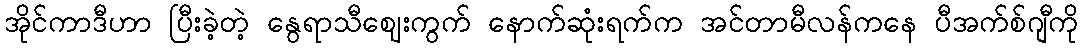
အိုင်ကာဒီဟာ ပြီးခဲ့တဲ့ နွေရာသီဈေးကွက် နောက်ဆုံးရက်က အင်တာမီလန်ကနေ ပီအက်စ်ဂျီကို